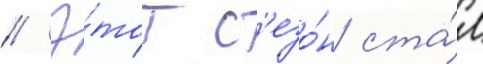
// Э́тот с'езо́н ста́л